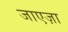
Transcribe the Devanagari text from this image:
जाएज़ा